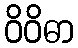
ဝိဝိဓာ